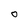
Character: O